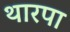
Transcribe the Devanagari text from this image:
थारपा